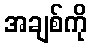
အချစ်ကို